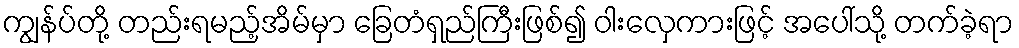
ကျွန်ပ်တို့ တည်းရမည့်အိမ်မှာ ခြေတံရှည်ကြီးဖြစ်၍ ဝါးလှေကားဖြင့် အပေါ်သို့ တက်ခဲ့ရာ